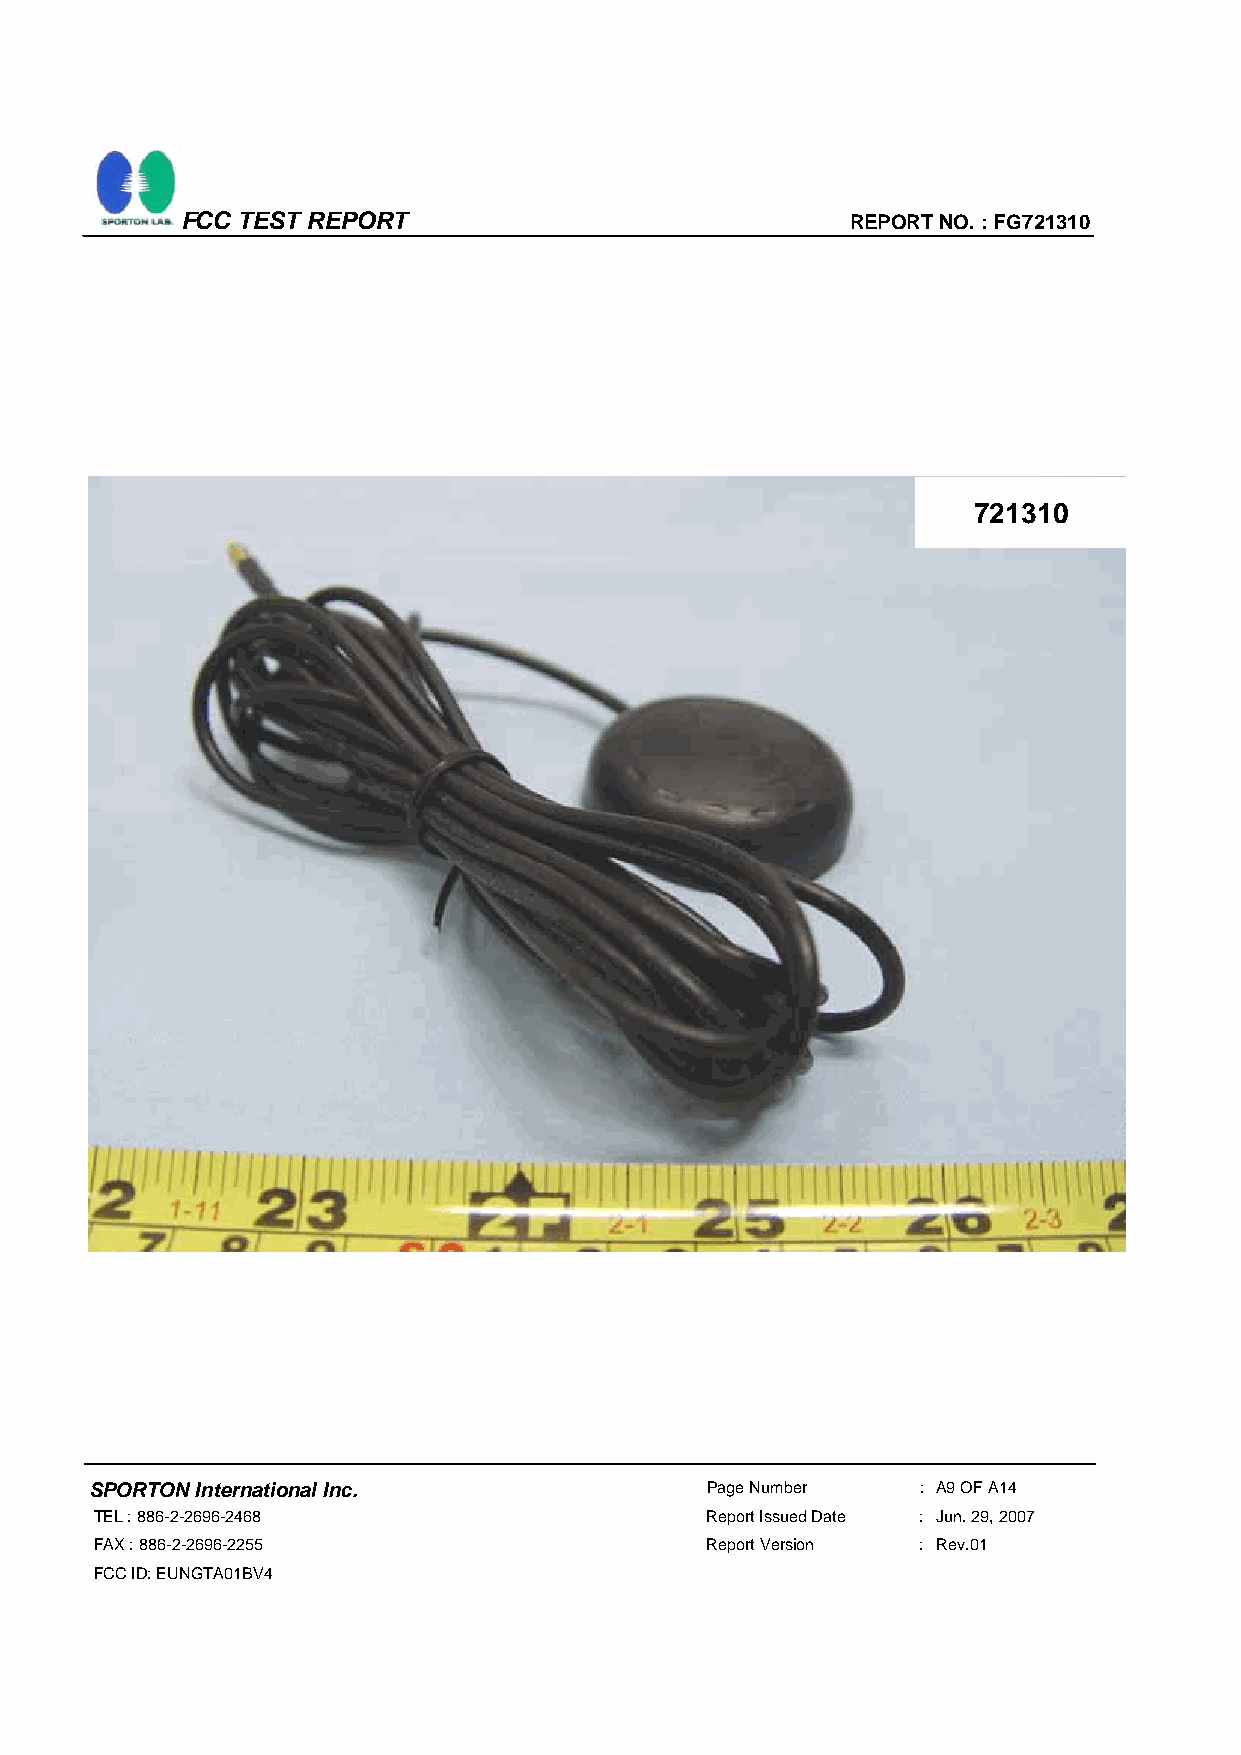
FCC TEST REPORT                             REPORT NO. : FG721310
 721310
 SPORTON International Inc.               Page Number   : A9 OF A14
 TEL : 886-2-2696-2468                    Report Issued Date : Jun. 29, 2007
 FAX : 886-2-2696-2255                    Report Version : Rev.01
 FCC ID: EUNGTA01BV4